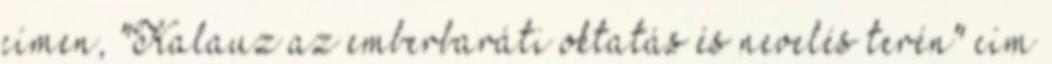
címen, "Kalauz az emberbaráti oktatás és nevelés terén" cím